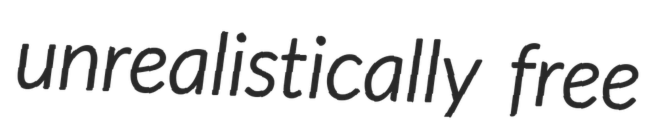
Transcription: unrealistically free